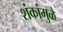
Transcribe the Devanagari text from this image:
शंकांमुळे